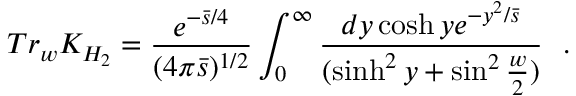
T r _ { w } K _ { H _ { 2 } } = { \frac { e ^ { - { \bar { s } / 4 } } } { ( 4 \pi \bar { s } ) ^ { 1 / 2 } } } \int _ { 0 } ^ { \infty } { \frac { d y \cosh y e ^ { - { y ^ { 2 } / \bar { s } } } } { ( \sinh ^ { 2 } y + \sin ^ { 2 } { \frac { w } { 2 } } ) } } ~ ~ .